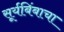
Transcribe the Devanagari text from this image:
सूर्यबिंबाचा